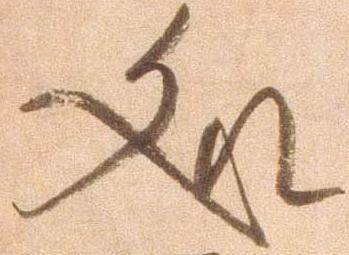
処